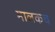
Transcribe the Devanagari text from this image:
मालकच